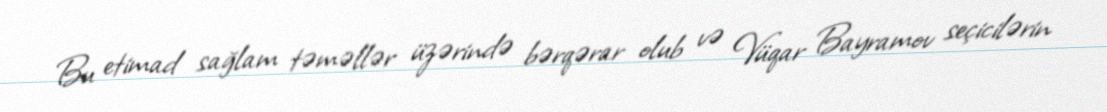
Bu etimad sağlam təməllər üzərində bərqərar olub və Vüqar Bayramov seçicilərin